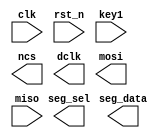
module	spi_flash_test(
	input 			clk,
	input				rst_n,
	input				key1,
	output			ncs,
	output			dclk, // clock
	output			mosi,
	input				miso,// master input
	output[5:0]		seg_sel,
	output[7:0]		seg_data
);

localparam	S_IDLE			= 0;
localparam	S_READ_ID		= 1;
localparam	S_SE				= 2;
localparam	S_PP				= 3;
localparam	S_READ			= 4;
localparam	S_WAIT			= 5;
reg[3:0] state;













endmodule